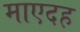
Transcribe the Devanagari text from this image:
माएदह